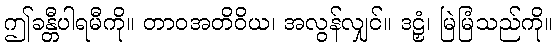
ဤခန္တီပါရမီကို။ တာဝအတိဝိယ၊ အလွန်လျှင်။ ဒဠှံ၊ မြဲမြံသည်ကို။